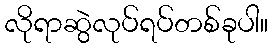
လိုရာဆွဲလုပ်ရပ်တစ်ခုပါ။